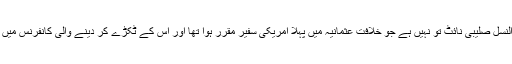
کہیں یہ وہی یہودی النسل صلیبی نائٹ تو نہیں ہے جو خلافت عثمانیہ میں پہلا امریکی سفیر مقرر ہوا تھا اور اس کے ٹکڑے کر دینے والی کانفرنس میں امریکی مندوب تھا؟